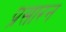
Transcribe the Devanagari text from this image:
प्रसारन